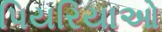
પિયરિયાઓ